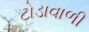
ટોડાવાળી